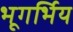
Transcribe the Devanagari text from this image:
भूगर्भिय